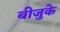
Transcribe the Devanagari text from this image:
बीजुके